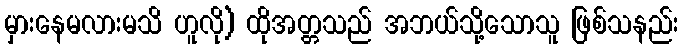
မှားနေမလားမသိ ဟူလို) ထိုအတ္တသည် အဘယ်သို့သောသူ ဖြစ်သနည်း